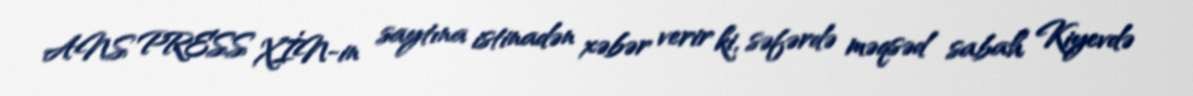
ANS PRESS XİN-in saytına istinadən xəbər verir ki, səfərdə məqsəd sabah Kiyevdə